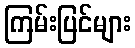
ကြမ်းပြင်များ